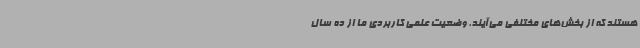
هستند که از بخش‌های مختلفی می‌آیند. وضعیت علمی کاربردی ما از ده سال